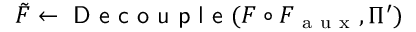
\tilde { F } \gets \textsf { D e c o u p l e } ( F \circ F _ { \mathrm { ~ a ~ u ~ x ~ } } , \Pi ^ { \prime } )